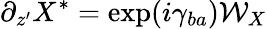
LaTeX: \partial_{z^{\prime}}X^{*}=\exp(i\gamma_{ba}){\cal W}_{X}